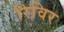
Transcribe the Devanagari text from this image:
रिविर